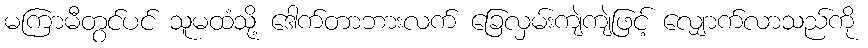
မကြာမီတွင်ပင် သူမထံသို့ ဒေါက်တာဘားလက် ခြေလှမ်းကျဲကျဲဖြင့် လျှောက်လာသည်ကို